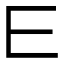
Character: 𰀄